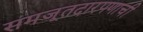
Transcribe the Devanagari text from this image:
समजूतदारपणाची